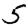
Digit: 5